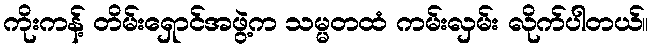
ကိုးကန့် တိမ်းရှောင်အဖွဲ့က သမ္မတထံ ကမ်းလှမ်း လိုက်ပါတယ်။